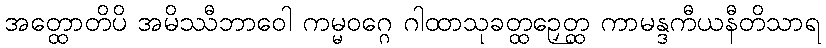
အတ္ထောတိပိ အမိဿီဘာဝေါ ကမ္မဝဂ္ဂေ ဂါထာသုခတ္ထဉှေတ္ထ ကာမန္ဒကီယနီတိသာရ